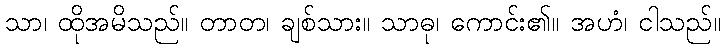
သာ၊ ထိုအမိသည်။ တာတ၊ ချစ်သား။ သာဓု၊ ကောင်း၏။ အဟံ၊ ငါသည်။